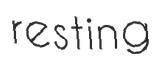
resting